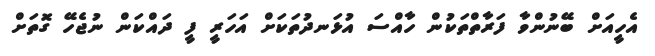
އެހީއަށް ބޭނުންވާ ފަރާތްތަކުން ހާއްސަ އުޅަނދުތަކަށް އަހަރީ ފީ ދައްކަން ނުޖެހޭ ގޮތަށް